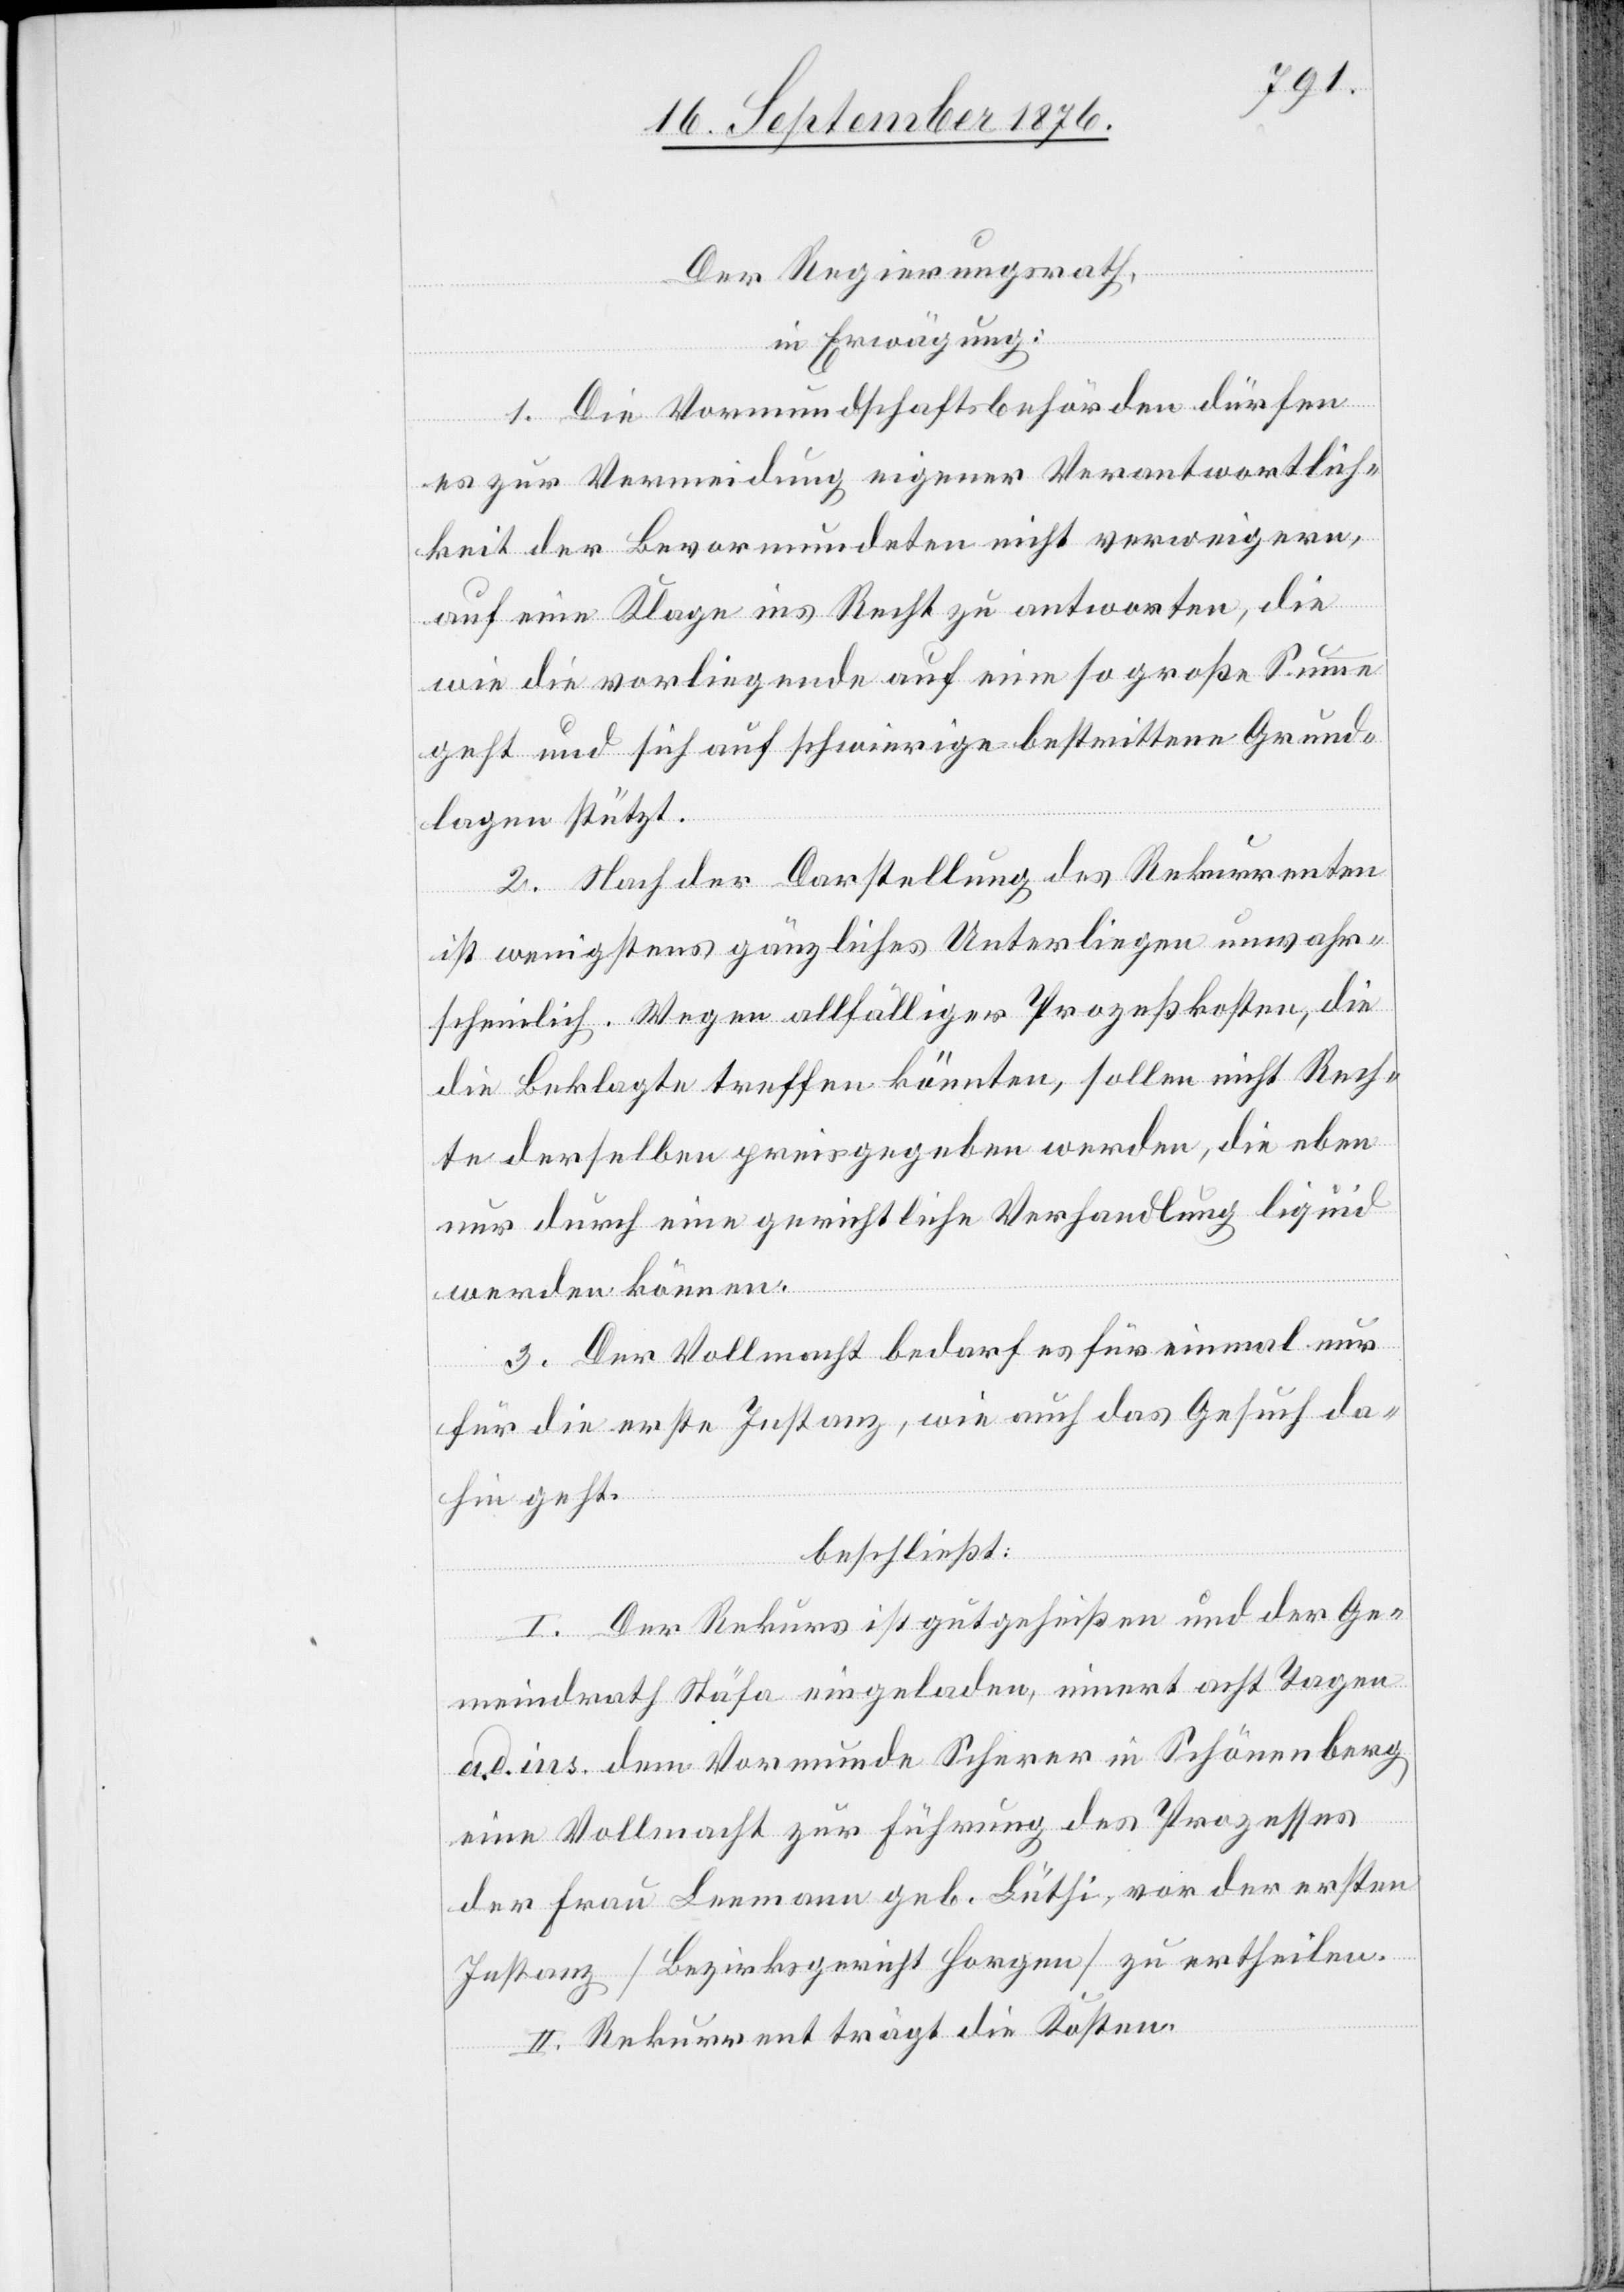
Der Regierungsrath,
in Erwägung:
1. Die Vormundschaftsbehörden dürfen
es zur Vermeidung eigener Verantwortlich¬
keit der Bevormundeten nicht verweigern,
auf eine Klage ins Recht zu antworten, die
wie die vorliegende auf eine so große Summe
geht und sich auf schwierige bestrittene Grund¬
lagen stützt.
2. Nach der Darstellung des Rekurrenten
ist wenigstens gänzliches Unterliegen unwahr¬
scheinlich. Wegen allfälliger Prozeßkosten, die
die Beklagte treffen könnten, sollen nicht Rech¬
te derselben preisgegeben werde, die eben
nur durch eine gerichtliche Verhandlung liquid
werden können.
3. Der Vollmacht bedarf es für einmal nur
für die erste Instanz, wie auch das Gesuch da¬
hin geht.
beschließt:
I. Der Rekurs ist gutgeheißen und der Ge¬
meindrath Stäfa eingeladen, innert acht Tagen
a. d. ins. dem Vormunde Scherer in Schönenberg
eine Vollmacht zur Führung des Prozesses
der Frau Leemann geb. Lüthi, vor der ersten
Instanz [Bezirksgericht Horgen] zu ertheilen.
II. Rekurrent trägt die Kosten.